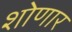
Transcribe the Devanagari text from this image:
शोणार